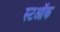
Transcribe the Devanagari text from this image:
स्टऑक